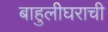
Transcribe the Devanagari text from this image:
बाहुलीघराची